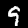
Digit: 9